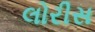
લોરીસ